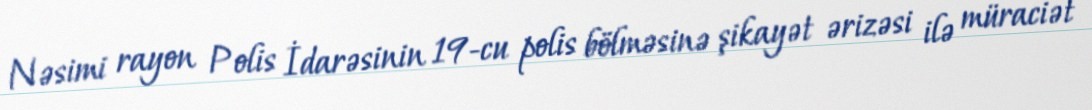
Nəsimi rayon Polis İdarəsinin 19-cu polis bölməsinə şikayət ərizəsi ilə müraciət